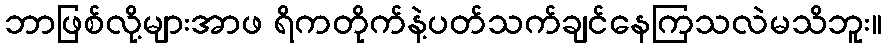
ဘာဖြစ်လို့များအာဖ ရိကတိုက်နဲ့ပတ်သက်ချင်နေကြသလဲမသိဘူး။